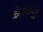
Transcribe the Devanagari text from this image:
कोल्हपुरे